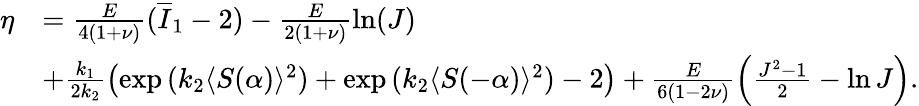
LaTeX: \begin{array}{rl}{\eta}&{=\frac{E}{4(1+\nu)}(\overline{{I}}_{1}-2)-\frac{E}{2(1+\nu)}\ln(J)}\\ &{+\frac{k_{1}}{2k_{2}}\left(\exp{(k_{2}\langle S(\alpha)\rangle^{2}})+\exp{(k_{2}\langle S(-\alpha)\rangle^{2}})-2\right)+\frac{E}{6(1-2\nu)}\left(\frac{J^{2}-1}{2}-\ln{J}\right).}\end{array}